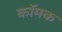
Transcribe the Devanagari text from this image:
कॉमक